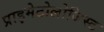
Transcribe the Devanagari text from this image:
प्राइमेटोलोजिस्ट